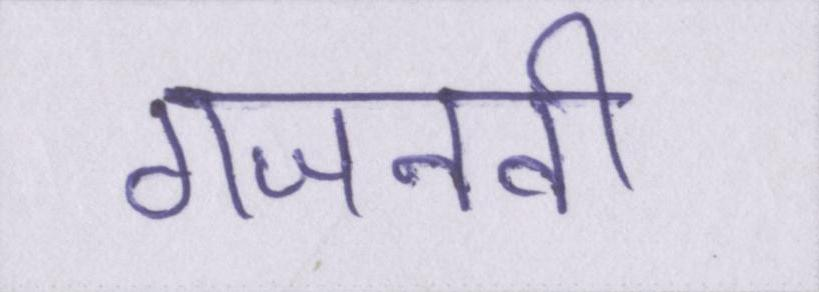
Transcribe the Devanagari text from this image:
गजनवी